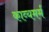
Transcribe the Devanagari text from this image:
काव्यमर्म